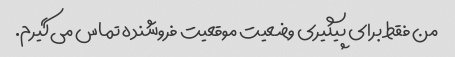
من فقط برای پیگیری وضعیت موقعیت فروشنده تماس می‌گیرم.